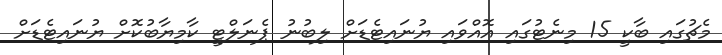
މެޗުގައި ބާކީ 15 މިނެޓުގައި އޮއްވައި ޔުނައިޓެޑަށް ލިބުނު ޕެނަލްޓީ ކާމިޔާބުކޮށް ޔުނައިޓެޑަށް